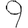
Digit: 9